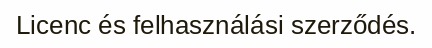
Licenc és felhasználási szerződés.